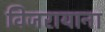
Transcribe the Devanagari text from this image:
विजरायाना